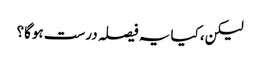
لیکن، کیا یہ فیصلہ درست ہوگا؟